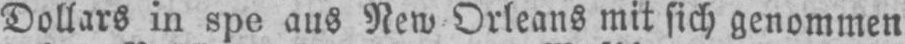
Dollars in spe aus New⸗Orleans mit sich genommen